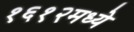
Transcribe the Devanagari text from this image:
१६१२मध्ये